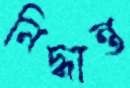
নিদ্ধান্ত